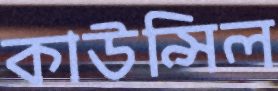
কাউন্সিল